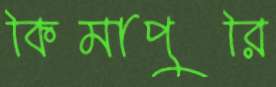
কিমাপুরি